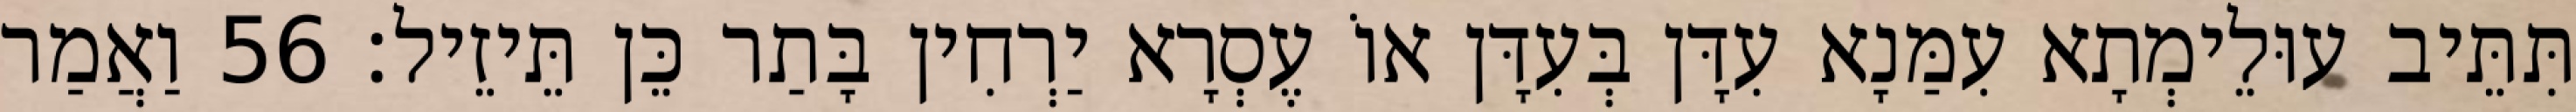
תִּתֵּיב עוּלֵימְתָא עִמַּנָא עִדָּן בְּעִדָּן אוֹ עֶסְרָא יַרְחִין בָּתַר כֵּן תֵּיזֵיל׃ 56 וַאֲמַר